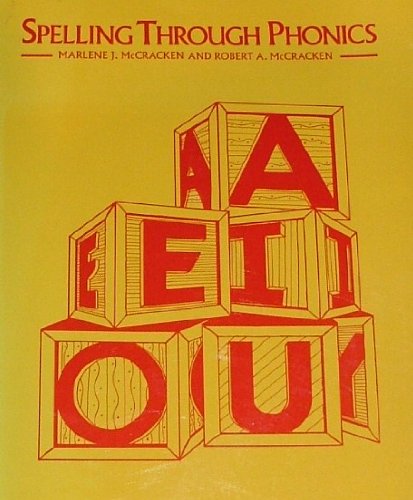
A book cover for Spelling Through Phonics; Robert McCracken; Reference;